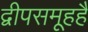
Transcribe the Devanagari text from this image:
द्वीपसमूहहै